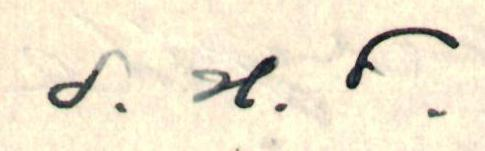
S . H. D.